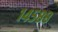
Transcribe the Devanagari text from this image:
१४५८८